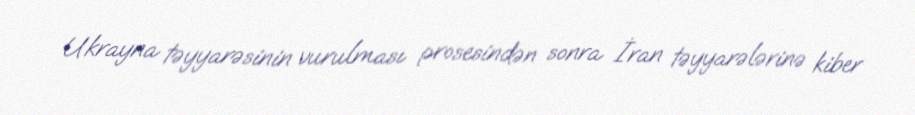
Ukrayna təyyarəsinin vurulması prosesindən sonra İran təyyarələrinə kiber